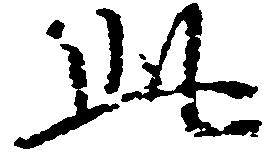
此